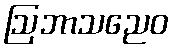
ဩဘာသညေဝ